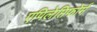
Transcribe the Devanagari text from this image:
एपिलेप्तिफोर्म